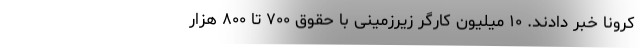
کرونا خبر دادند. ۱۰ میلیون کارگر زیرزمینی با حقوق ۷۰۰ تا ۸۰۰ هزار